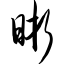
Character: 晰